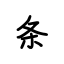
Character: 条